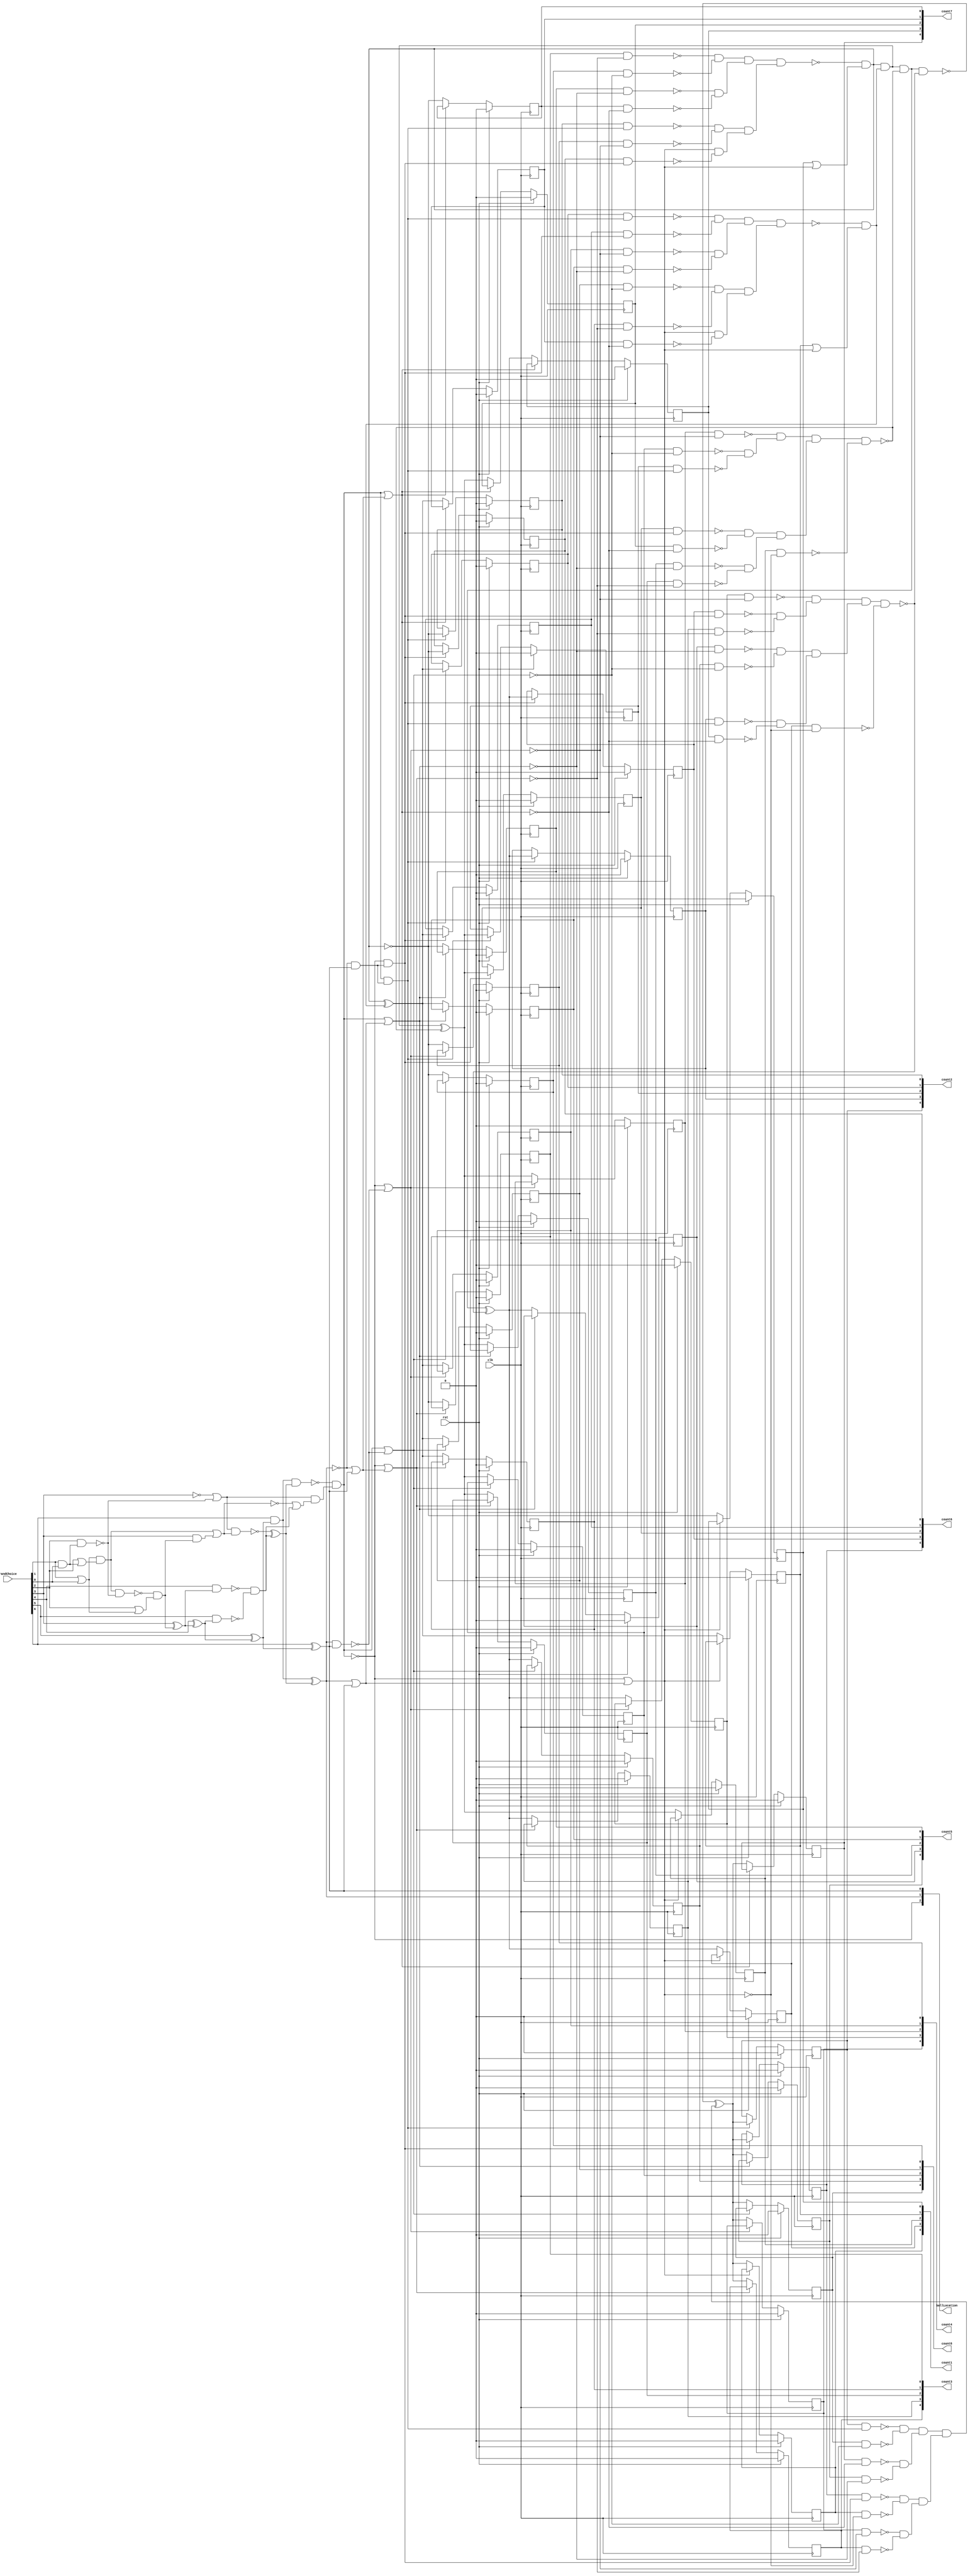
/* Generated by Yosys 0.9+4276 (git sha1 75a4cdfc8a, gcc 10.3.0 -fPIC -Os) */

(* top =  1  *)
(* src = "cpu-main.v:19.1-58.10" *)
module plinkoboard(clk, rst, randChoice, count1, count2, count3, count4, count5, count6, count7, count8, ballLocation);
  wire _000_;
  wire _001_;
  wire _002_;
  wire _003_;
  wire _004_;
  wire _005_;
  wire _006_;
  wire _007_;
  wire _008_;
  wire _009_;
  wire _010_;
  wire _011_;
  wire _012_;
  wire _013_;
  wire _014_;
  wire _015_;
  wire _016_;
  wire _017_;
  wire _018_;
  wire _019_;
  wire _020_;
  wire _021_;
  wire _022_;
  wire _023_;
  wire _024_;
  wire _025_;
  wire _026_;
  wire _027_;
  wire _028_;
  wire _029_;
  wire _030_;
  wire _031_;
  wire _032_;
  wire _033_;
  wire _034_;
  wire _035_;
  wire _036_;
  wire _037_;
  wire _038_;
  wire _039_;
  wire _040_;
  wire _041_;
  wire _042_;
  wire _043_;
  wire _044_;
  wire _045_;
  wire _046_;
  wire _047_;
  wire _048_;
  wire _049_;
  wire _050_;
  wire _051_;
  wire _052_;
  wire _053_;
  wire _054_;
  wire _055_;
  wire _056_;
  wire _057_;
  wire _058_;
  wire _059_;
  wire _060_;
  wire _061_;
  wire _062_;
  wire _063_;
  wire _064_;
  wire _065_;
  wire _066_;
  wire _067_;
  wire _068_;
  wire _069_;
  wire _070_;
  wire _071_;
  wire _072_;
  wire _073_;
  wire _074_;
  wire _075_;
  wire _076_;
  wire _077_;
  wire _078_;
  wire _079_;
  wire _080_;
  wire _081_;
  wire _082_;
  wire _083_;
  wire _084_;
  wire _085_;
  wire _086_;
  wire _087_;
  wire _088_;
  wire _089_;
  wire _090_;
  wire _091_;
  wire _092_;
  wire _093_;
  wire _094_;
  wire _095_;
  wire _096_;
  wire _097_;
  wire _098_;
  wire _099_;
  wire _100_;
  wire _101_;
  (* force_downto = 32'd1 *)
  (* src = "cpu-main.v:45.25-45.44|/nix/store/1v0k14kwyd2vndbwlbarqmdkyh80m5rv-yosys-0.9+4276/bin/../share/yosys/techmap.v:270.23-270.24" *)
  (* unused_bits = "1 2 3 4" *)
  wire [4:0] _102_;
  (* force_downto = 32'd1 *)
  (* src = "cpu-main.v:45.25-45.44|/nix/store/1v0k14kwyd2vndbwlbarqmdkyh80m5rv-yosys-0.9+4276/bin/../share/yosys/techmap.v:270.26-270.27" *)
  wire [4:0] _103_;
  wire _104_;
  wire _105_;
  wire _106_;
  wire _107_;
  wire _108_;
  wire _109_;
  wire _110_;
  wire _111_;
  wire _112_;
  wire _113_;
  wire _114_;
  wire _115_;
  wire _116_;
  wire _117_;
  wire _118_;
  wire _119_;
  wire _120_;
  wire _121_;
  wire _122_;
  wire _123_;
  wire _124_;
  wire _125_;
  wire _126_;
  wire _127_;
  wire _128_;
  (* src = "cpu-main.v:29.15-29.27" *)
  output [2:0] ballLocation;
  (* src = "cpu-main.v:20.9-20.12" *)
  input clk;
  (* src = "cpu-main.v:22.16-22.22" *)
  output [4:0] count1;
  reg [4:0] count1;
  (* src = "cpu-main.v:22.24-22.30" *)
  output [4:0] count2;
  reg [4:0] count2;
  (* src = "cpu-main.v:22.32-22.38" *)
  output [4:0] count3;
  reg [4:0] count3;
  (* src = "cpu-main.v:22.40-22.46" *)
  output [4:0] count4;
  reg [4:0] count4;
  (* src = "cpu-main.v:22.48-22.54" *)
  output [4:0] count5;
  reg [4:0] count5;
  (* src = "cpu-main.v:22.56-22.62" *)
  output [4:0] count6;
  reg [4:0] count6;
  (* src = "cpu-main.v:22.64-22.70" *)
  output [4:0] count7;
  reg [4:0] count7;
  (* src = "cpu-main.v:22.72-22.78" *)
  output [4:0] count8;
  reg [4:0] count8;
  (* src = "cpu-main.v:21.14-21.24" *)
  input [6:0] randChoice;
  (* src = "cpu-main.v:20.14-20.17" *)
  input rst;
  assign _068_ = ~ballLocation[2];
  assign _069_ = ~ballLocation[1];
  assign _070_ = ~(ballLocation[1] & ballLocation[0]);
  assign _071_ = ~(ballLocation[2] | _070_);
  assign _006_ = ~_071_;
  assign _072_ = ballLocation[1] | ballLocation[0];
  assign _073_ = ballLocation[2] | _072_;
  assign _007_ = ~_073_;
  assign _074_ = _069_ & ballLocation[0];
  assign _075_ = ballLocation[2] & _074_;
  assign _000_ = ~_075_;
  assign _076_ = ~(_068_ | _072_);
  assign _003_ = ~_076_;
  assign _077_ = _069_ | ballLocation[0];
  assign _078_ = ~(ballLocation[2] | _077_);
  assign _004_ = ~_078_;
  assign _079_ = ~(_068_ | _070_);
  assign _005_ = ~_079_;
  assign _080_ = _068_ & _074_;
  assign _001_ = ~_080_;
  assign _081_ = ~(_068_ | _077_);
  assign _002_ = ~_081_;
  assign _082_ = ~(count3[0] & _078_);
  assign _083_ = ~(count5[0] & _076_);
  assign _084_ = ~(count8[0] & _079_);
  assign _085_ = ~(count2[0] & _080_);
  assign _086_ = ~(count4[0] & _071_);
  assign _087_ = ~(count6[0] & _075_);
  assign _088_ = ~(count7[0] & _081_);
  assign _089_ = _082_ & _084_;
  assign _090_ = _083_ & _088_;
  assign _091_ = _089_ & _090_;
  assign _092_ = _085_ & _086_;
  assign _093_ = _073_ & _087_;
  assign _094_ = _092_ & _093_;
  assign _095_ = ~(_091_ & _094_);
  assign _096_ = count1[0] | _073_;
  assign _097_ = _095_ & _096_;
  assign _102_[0] = ~_097_;
  assign _098_ = ~(count8[1] & _079_);
  assign _099_ = ~(count2[1] & _080_);
  assign _100_ = ~(count6[1] & _075_);
  assign _101_ = _099_ & _100_;
  assign _008_ = ~(count3[1] & _078_);
  assign _009_ = ~(count7[1] & _081_);
  assign _010_ = ~(count4[1] & _071_);
  assign _011_ = ~(count5[1] & _076_);
  assign _012_ = _010_ & _011_;
  assign _013_ = _101_ & _012_;
  assign _014_ = _098_ & _008_;
  assign _015_ = _073_ & _009_;
  assign _016_ = _014_ & _015_;
  assign _017_ = ~(_013_ & _016_);
  assign _018_ = count1[1] | _073_;
  assign _019_ = _017_ & _018_;
  assign _020_ = _097_ & _019_;
  assign _103_[1] = _097_ ^ _019_;
  assign _021_ = ~(count4[2] & _071_);
  assign _022_ = ~(count8[2] & _079_);
  assign _023_ = ~(count2[2] & _080_);
  assign _024_ = _022_ & _023_;
  assign _025_ = _021_ & _024_;
  assign _026_ = ~(count6[2] & _075_);
  assign _027_ = ~(count7[2] & _081_);
  assign _028_ = _026_ & _027_;
  assign _029_ = ~(count5[2] & _076_);
  assign _030_ = ~(count3[2] & _078_);
  assign _031_ = _029_ & _030_;
  assign _032_ = _028_ & _031_;
  assign _033_ = _025_ & _032_;
  assign _034_ = ~(count1[2] & _007_);
  assign _035_ = ~(_033_ & _034_);
  assign _036_ = _020_ & _035_;
  assign _103_[2] = _020_ ^ _035_;
  assign _037_ = ~(count4[3] & _071_);
  assign _038_ = ~(count6[3] & _075_);
  assign _039_ = ~(count3[3] & _078_);
  assign _040_ = _038_ & _039_;
  assign _041_ = _037_ & _040_;
  assign _042_ = ~(count5[3] & _076_);
  assign _043_ = ~(count8[3] & _079_);
  assign _044_ = _042_ & _043_;
  assign _045_ = ~(count2[3] & _080_);
  assign _046_ = ~(count7[3] & _081_);
  assign _047_ = _045_ & _046_;
  assign _048_ = _044_ & _047_;
  assign _049_ = _041_ & _048_;
  assign _050_ = ~(count1[3] & _007_);
  assign _051_ = ~(_049_ & _050_);
  assign _052_ = ~(_036_ & _051_);
  assign _103_[3] = _036_ ^ _051_;
  assign _053_ = ~(count2[4] & _080_);
  assign _054_ = ~(count8[4] & _079_);
  assign _055_ = _053_ & _054_;
  assign _056_ = ~(count7[4] & _081_);
  assign _057_ = ~(count5[4] & _076_);
  assign _058_ = _056_ & _057_;
  assign _059_ = _055_ & _058_;
  assign _060_ = ~(count6[4] & _075_);
  assign _061_ = ~(count1[4] & _007_);
  assign _062_ = _060_ & _061_;
  assign _063_ = ~(count4[4] & _071_);
  assign _064_ = ~(count3[4] & _078_);
  assign _065_ = _063_ & _064_;
  assign _066_ = _062_ & _065_;
  assign _067_ = _059_ & _066_;
  assign _103_[4] = _052_ ^ _067_;
  (* src = "cpu-main.v:39.3-47.6" *)
  always @(posedge clk)
    if (rst) count1[0] <= 1'h0;
    else if (_007_) count1[0] <= _102_[0];
  (* src = "cpu-main.v:39.3-47.6" *)
  always @(posedge clk)
    if (rst) count1[1] <= 1'h0;
    else if (_007_) count1[1] <= _103_[1];
  (* src = "cpu-main.v:39.3-47.6" *)
  always @(posedge clk)
    if (rst) count1[2] <= 1'h0;
    else if (_007_) count1[2] <= _103_[2];
  (* src = "cpu-main.v:39.3-47.6" *)
  always @(posedge clk)
    if (rst) count1[3] <= 1'h0;
    else if (_007_) count1[3] <= _103_[3];
  (* src = "cpu-main.v:39.3-47.6" *)
  always @(posedge clk)
    if (rst) count1[4] <= 1'h0;
    else if (_007_) count1[4] <= _103_[4];
  (* src = "cpu-main.v:39.3-47.6" *)
  always @(posedge clk)
    if (rst) count2[0] <= 1'h0;
    else if (!_001_) count2[0] <= _102_[0];
  (* src = "cpu-main.v:39.3-47.6" *)
  always @(posedge clk)
    if (rst) count2[1] <= 1'h0;
    else if (!_001_) count2[1] <= _103_[1];
  (* src = "cpu-main.v:39.3-47.6" *)
  always @(posedge clk)
    if (rst) count2[2] <= 1'h0;
    else if (!_001_) count2[2] <= _103_[2];
  (* src = "cpu-main.v:39.3-47.6" *)
  always @(posedge clk)
    if (rst) count2[3] <= 1'h0;
    else if (!_001_) count2[3] <= _103_[3];
  (* src = "cpu-main.v:39.3-47.6" *)
  always @(posedge clk)
    if (rst) count2[4] <= 1'h0;
    else if (!_001_) count2[4] <= _103_[4];
  (* src = "cpu-main.v:39.3-47.6" *)
  always @(posedge clk)
    if (rst) count3[0] <= 1'h0;
    else if (!_004_) count3[0] <= _102_[0];
  (* src = "cpu-main.v:39.3-47.6" *)
  always @(posedge clk)
    if (rst) count3[1] <= 1'h0;
    else if (!_004_) count3[1] <= _103_[1];
  (* src = "cpu-main.v:39.3-47.6" *)
  always @(posedge clk)
    if (rst) count3[2] <= 1'h0;
    else if (!_004_) count3[2] <= _103_[2];
  (* src = "cpu-main.v:39.3-47.6" *)
  always @(posedge clk)
    if (rst) count3[3] <= 1'h0;
    else if (!_004_) count3[3] <= _103_[3];
  (* src = "cpu-main.v:39.3-47.6" *)
  always @(posedge clk)
    if (rst) count3[4] <= 1'h0;
    else if (!_004_) count3[4] <= _103_[4];
  (* src = "cpu-main.v:39.3-47.6" *)
  always @(posedge clk)
    if (rst) count4[0] <= 1'h0;
    else if (!_006_) count4[0] <= _102_[0];
  (* src = "cpu-main.v:39.3-47.6" *)
  always @(posedge clk)
    if (rst) count4[1] <= 1'h0;
    else if (!_006_) count4[1] <= _103_[1];
  (* src = "cpu-main.v:39.3-47.6" *)
  always @(posedge clk)
    if (rst) count4[2] <= 1'h0;
    else if (!_006_) count4[2] <= _103_[2];
  (* src = "cpu-main.v:39.3-47.6" *)
  always @(posedge clk)
    if (rst) count4[3] <= 1'h0;
    else if (!_006_) count4[3] <= _103_[3];
  (* src = "cpu-main.v:39.3-47.6" *)
  always @(posedge clk)
    if (rst) count4[4] <= 1'h0;
    else if (!_006_) count4[4] <= _103_[4];
  (* src = "cpu-main.v:39.3-47.6" *)
  always @(posedge clk)
    if (rst) count5[0] <= 1'h0;
    else if (!_003_) count5[0] <= _102_[0];
  (* src = "cpu-main.v:39.3-47.6" *)
  always @(posedge clk)
    if (rst) count5[1] <= 1'h0;
    else if (!_003_) count5[1] <= _103_[1];
  (* src = "cpu-main.v:39.3-47.6" *)
  always @(posedge clk)
    if (rst) count5[2] <= 1'h0;
    else if (!_003_) count5[2] <= _103_[2];
  (* src = "cpu-main.v:39.3-47.6" *)
  always @(posedge clk)
    if (rst) count5[3] <= 1'h0;
    else if (!_003_) count5[3] <= _103_[3];
  (* src = "cpu-main.v:39.3-47.6" *)
  always @(posedge clk)
    if (rst) count5[4] <= 1'h0;
    else if (!_003_) count5[4] <= _103_[4];
  (* src = "cpu-main.v:39.3-47.6" *)
  always @(posedge clk)
    if (rst) count6[0] <= 1'h0;
    else if (!_000_) count6[0] <= _102_[0];
  (* src = "cpu-main.v:39.3-47.6" *)
  always @(posedge clk)
    if (rst) count6[1] <= 1'h0;
    else if (!_000_) count6[1] <= _103_[1];
  (* src = "cpu-main.v:39.3-47.6" *)
  always @(posedge clk)
    if (rst) count6[2] <= 1'h0;
    else if (!_000_) count6[2] <= _103_[2];
  (* src = "cpu-main.v:39.3-47.6" *)
  always @(posedge clk)
    if (rst) count6[3] <= 1'h0;
    else if (!_000_) count6[3] <= _103_[3];
  (* src = "cpu-main.v:39.3-47.6" *)
  always @(posedge clk)
    if (rst) count6[4] <= 1'h0;
    else if (!_000_) count6[4] <= _103_[4];
  (* src = "cpu-main.v:39.3-47.6" *)
  always @(posedge clk)
    if (rst) count7[0] <= 1'h0;
    else if (!_002_) count7[0] <= _102_[0];
  (* src = "cpu-main.v:39.3-47.6" *)
  always @(posedge clk)
    if (rst) count7[1] <= 1'h0;
    else if (!_002_) count7[1] <= _103_[1];
  (* src = "cpu-main.v:39.3-47.6" *)
  always @(posedge clk)
    if (rst) count7[2] <= 1'h0;
    else if (!_002_) count7[2] <= _103_[2];
  (* src = "cpu-main.v:39.3-47.6" *)
  always @(posedge clk)
    if (rst) count7[3] <= 1'h0;
    else if (!_002_) count7[3] <= _103_[3];
  (* src = "cpu-main.v:39.3-47.6" *)
  always @(posedge clk)
    if (rst) count7[4] <= 1'h0;
    else if (!_002_) count7[4] <= _103_[4];
  (* src = "cpu-main.v:39.3-47.6" *)
  always @(posedge clk)
    if (rst) count8[0] <= 1'h0;
    else if (!_005_) count8[0] <= _102_[0];
  (* src = "cpu-main.v:39.3-47.6" *)
  always @(posedge clk)
    if (rst) count8[1] <= 1'h0;
    else if (!_005_) count8[1] <= _103_[1];
  (* src = "cpu-main.v:39.3-47.6" *)
  always @(posedge clk)
    if (rst) count8[2] <= 1'h0;
    else if (!_005_) count8[2] <= _103_[2];
  (* src = "cpu-main.v:39.3-47.6" *)
  always @(posedge clk)
    if (rst) count8[3] <= 1'h0;
    else if (!_005_) count8[3] <= _103_[3];
  (* src = "cpu-main.v:39.3-47.6" *)
  always @(posedge clk)
    if (rst) count8[4] <= 1'h0;
    else if (!_005_) count8[4] <= _103_[4];
  assign _104_ = ~randChoice[3];
  assign _105_ = randChoice[1] | randChoice[0];
  assign _106_ = randChoice[1] & randChoice[0];
  assign _107_ = randChoice[2] | _106_;
  assign _108_ = _105_ & _107_;
  assign _109_ = ~(randChoice[2] & _106_);
  assign _110_ = ~(_108_ & _109_);
  assign _111_ = randChoice[2] | _105_;
  assign _112_ = _110_ & _111_;
  assign _113_ = randChoice[3] & _112_;
  assign _114_ = randChoice[3] ^ _112_;
  assign _115_ = ~(randChoice[4] & _114_);
  assign _116_ = randChoice[4] ^ _114_;
  assign _117_ = ~(randChoice[5] & _116_);
  assign _118_ = randChoice[5] ^ _116_;
  assign _119_ = randChoice[6] & _118_;
  assign ballLocation[0] = randChoice[6] ^ _118_;
  assign _120_ = _104_ | _109_;
  assign _121_ = _108_ | _113_;
  assign _122_ = ~_121_;
  assign _123_ = ~(_120_ & _121_);
  assign _124_ = _115_ & _117_;
  assign _125_ = _123_ ^ _124_;
  assign _126_ = ~(_119_ & _125_);
  assign ballLocation[1] = _119_ ^ _125_;
  assign _127_ = _122_ | _124_;
  assign _128_ = _120_ & _127_;
  assign ballLocation[2] = ~(_126_ & _128_);
  assign _103_[0] = _102_[0];
endmodule